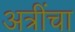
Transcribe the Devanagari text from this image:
अत्रींचा